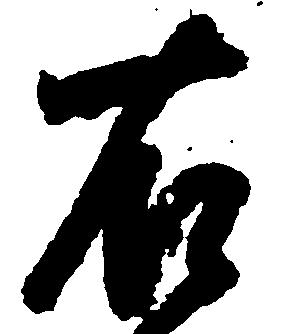
右